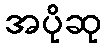
အပိုဆု